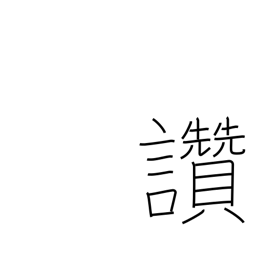
Meaning: picture title